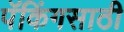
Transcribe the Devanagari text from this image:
पॅकिंगसाठी